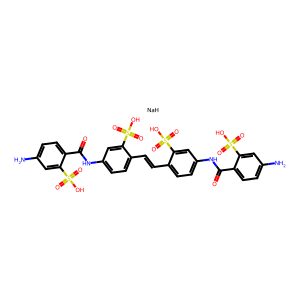
SMILES: Nc1ccc(C(=O)Nc2ccc(C=Cc3ccc(NC(=O)c4ccc(N)cc4S(=O)(=O)O)cc3S(=O)(=O)O)c(S(=O)(=O)O)c2)c(S(=O)(=O)O)c1.[NaH]
Inhibits HIV replication: Yes